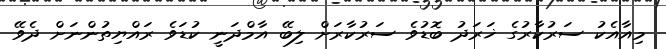
މިއާއެކު ސަރުކާރުގެ ޚަރަދު ބޮޑުވެ ސަރުކާރަށް ލިބޭ އާމްދަނީ ކުޑަވެ ރައްޔިތުންނަށް ދެވޭ